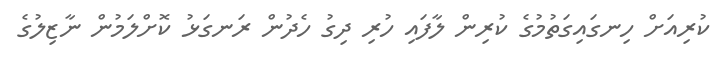
ކުރިއަށް ހިނގައިގަތުމުގެ ކުރިން ލާފައި ހުރި ދިގު ހެދުން ރަނގަޅު ކޮށްލަމުން ނާޒިލުގެ